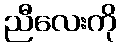
ညီလေးကို